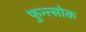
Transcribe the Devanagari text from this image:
फुन्त्सोक